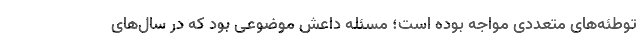
توطئه‌های متعددی مواجه بوده است؛ مسئله داعش موضوعی بود که در سال‌های